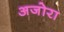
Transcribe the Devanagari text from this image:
अजोरा